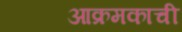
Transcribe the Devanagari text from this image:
आक्रमकाची